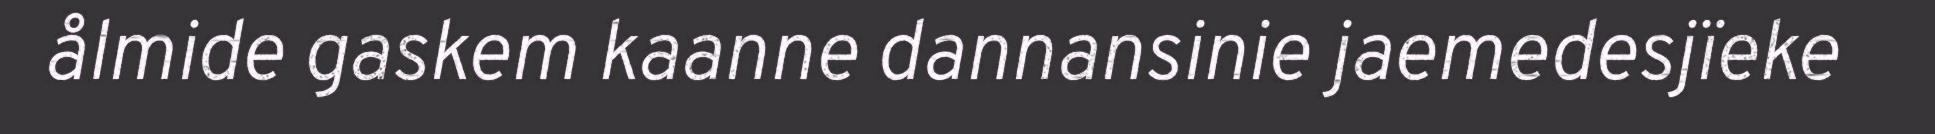
ålmide gaskem kaanne dannansinie jaemedesjïeke